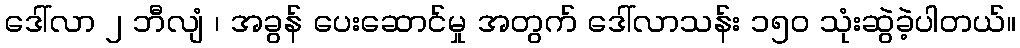
ဒေါ်လာ ၂ ဘီလျံ ၊ အခွန် ပေးဆောင်မှု အတွက် ဒေါ်လာသန်း ၁၅၀ သုံးဆွဲခဲ့ပါတယ်။